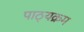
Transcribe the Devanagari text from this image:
पाठ्‍यक्रम